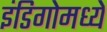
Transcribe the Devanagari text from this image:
इंडिगोमध्ये